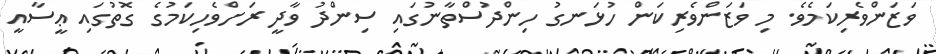
ވަޒަންވެރިކަމެވެ. މި ވަޒަންވެރިކަން ހުޅަނގު ހިންދުސްތާނުގައި ސިންދު ވާދީ ރަށްވެހިކަމުގެ ގޮތުގައި ޢީސާއީ